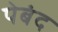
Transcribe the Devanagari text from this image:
पेबंद